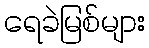
ရေခဲမြစ်များ